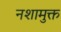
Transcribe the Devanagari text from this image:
नशामुक्त